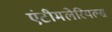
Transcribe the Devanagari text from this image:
एंटीमलेरियल्स